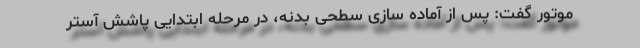
موتور گفت: پس از آماده سازی سطحی بدنه، در مرحله ابتدایی پاشش آستر